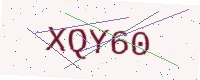
Text: XQY60